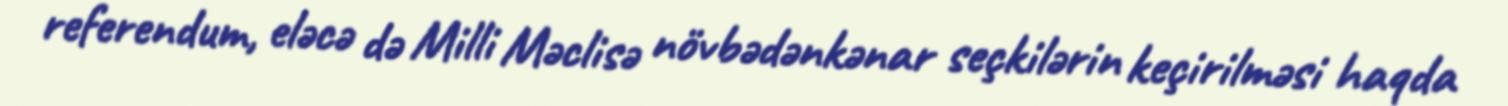
referendum, eləcə də Milli Məclisə növbədənkənar seçkilərin keçirilməsi haqda